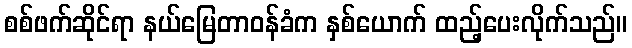
စစ်ဖက်ဆိုင်ရာ နယ်မြေတာဝန်ခံက နှစ်ယောက် ထည့်ပေးလိုက်သည်။